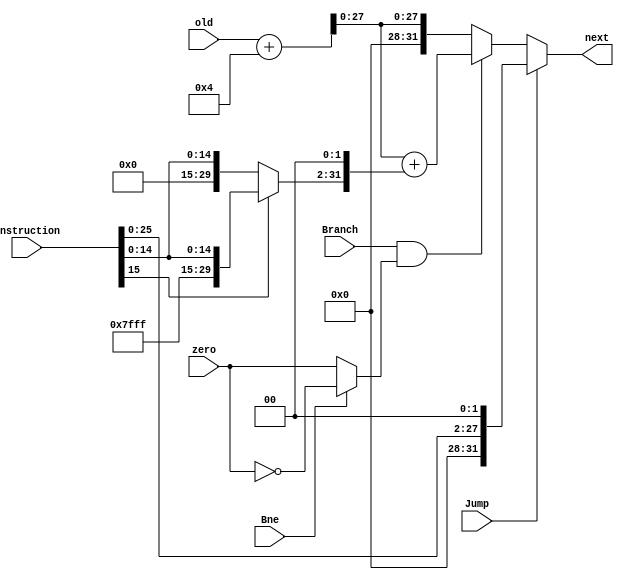
`timescale 1ns / 1ps

module Next_pc (
    input [31:0] old,  // the original program addr.
    input [31:0] instruction,  // the original instruction
    // [15-0] used for sign-extention
    // [25-0] used for shift-left-2
    input Jump,
    input Branch,
    input Bne,
    input zero,
    output reg [31:0] next
);

  reg [31:0] sign_ext;
  reg [31:0] old_alter;  // pc+4
  reg [31:0] jump;  // jump addr.
  reg zero_alter;

  initial begin
    next = 32'b0;
  end

  always @(old) begin
    old_alter = old + 4;
  end

  always @(zero, Bne) begin
    zero_alter = zero;
    if (Bne == 1) begin
      zero_alter = !zero_alter;
    end
  end

  always @(instruction) begin
    // jump-shift-left
    jump = {4'b0, instruction[25:0], 2'b0};

    // sign-extension
    if (instruction[15] == 1'b0) begin
      sign_ext = {16'b0, instruction[15:0]};
    end else begin
      sign_ext = {{16{1'b1}}, instruction[15:0]};
    end
    sign_ext = {sign_ext[29:0], 2'b0};  // shift left
  end

  always @(instruction or old_alter or jump) begin
    jump = {old_alter[31:28], jump[27:0]};
  end

  always @(old_alter, sign_ext, jump, Branch, zero_alter, Jump) begin
    // assign next program counter value
    if (Branch == 1 & zero_alter == 1) begin
      next = old_alter + sign_ext;
    end else begin
      next = old_alter;
    end
    if (Jump == 1) begin
      next = jump;
    end
  end

endmodule